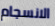
الانسجام